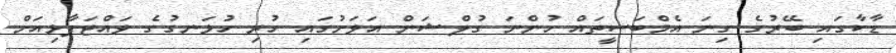
ޑާކާގައި ބޭރުގެ ގިނަ އެމްބަސީތައް ހުންނަ ގުލްޝަން އަވަށުގައި ހުރި ހުޅަނގުގެ ވައްޓަފާޅިއަށް